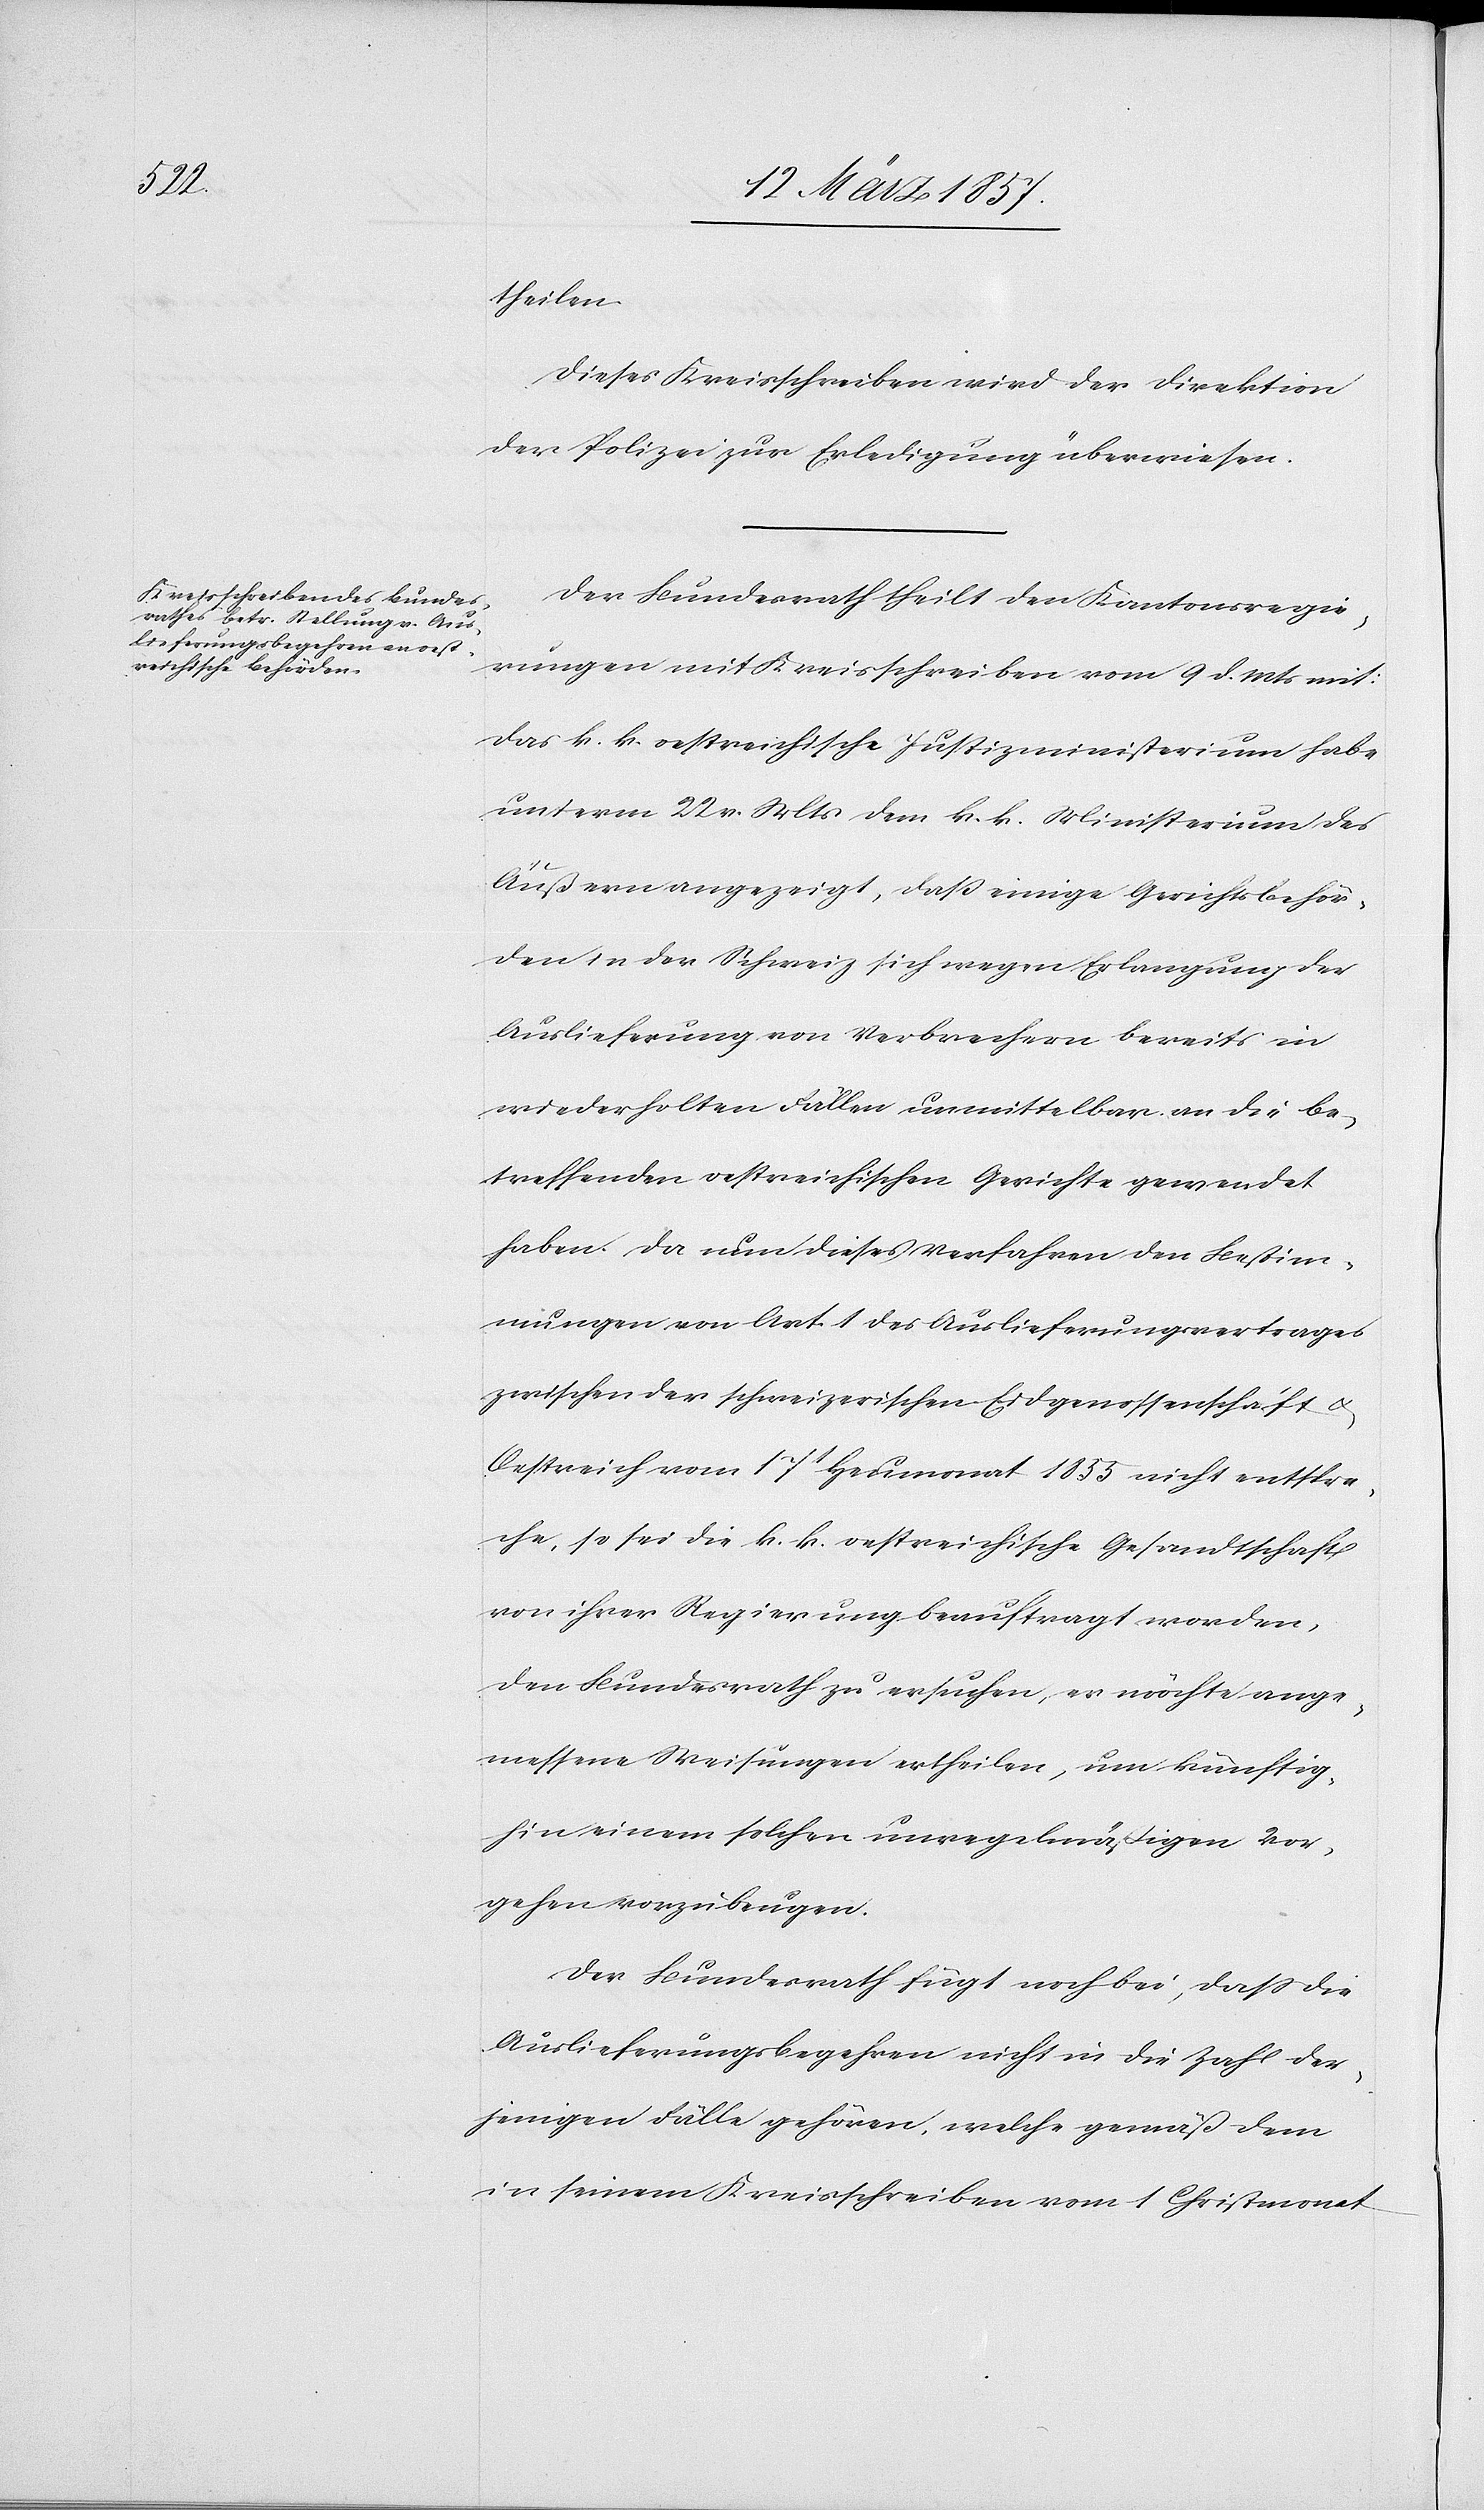
theilen.
Dieses Kreisschreiben wird der Direktion
der Polizei zur Erledigung überwiesen.
Der Bundesrath theilt den Kantonsregie¬
rungen mit Kreisschreiben vom 9 d. Mts mit:
Das k. k. oestreichische Justizministerium habe
unterm 22 v. Mts dem k. k. Ministerium des
Äußern angezeigt, daß einige Gerichtsbehör¬
den in der Schweiz sich wegen Erlangung der
Auslieferung von Verbrechern bereits in
wiederholten Fällen unmittelbar an die be¬
treffenden oestreichischen Gerichte gewendet
haben. Da nun dieses Verfahren den Bestim¬
mungen von Art. 1 des Auslieferungsvertrages
zwischen der schweizerischen Eidgenossenschaft u.
Oestreich vom 17t Heumonat 1855 nicht entspre¬
che, so sei die k. k. oestreichische Gesandtschaft
von ihrer Regierung beauftragt worden,
den Bundesrath zu ersuchen, es möchte ange¬
messene Weisungen ertheilen, um künftig¬
hin einem solchen unregelmäßigen Vor¬
gehen vorzubeugen.
Der Bundesrath fügt noch bei, daß die
Auslieferungsbegehren nicht in die Zahl der¬
jenigen Fälle gehören, welche gemäß dem
in seinem Kreisschreiben vom 1 Christmonat